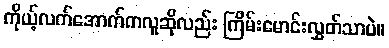
ကိုယ့်လက်အောက်ကလူဆိုလည်း ကြိမ်းမောင်းလွှတ်သာပဲ။